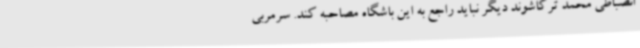
انضباطی محمد ترکاشوند دیگر نباید راجع به این باشگاه مصاحبه کند. سرمربی